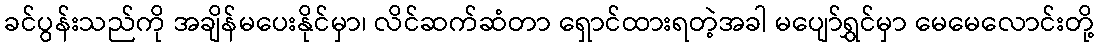
ခင်ပွန်းသည်ကို အချိန်မပေးနိုင်မှာ၊ လိင်ဆက်ဆံတာ ရှောင်ထားရတဲ့အခါ မပျော်ရွှင်မှာ မေမေလောင်းတို့